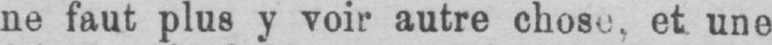
ne faut plus y voir autre chose, et une